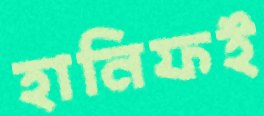
হানিফই